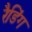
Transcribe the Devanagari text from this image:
रैडिंग